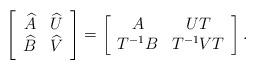
LaTeX: \begin{align*}\left[\begin{array}{cc}\widehat{A}&\widehat{U}\\\widehat{B}&\widehat{V}\end{array}\right]=\left[\begin{array}{cc}A&UT\\T^{-1}B&T^{-1}VT\end{array}\right].\end{align*}